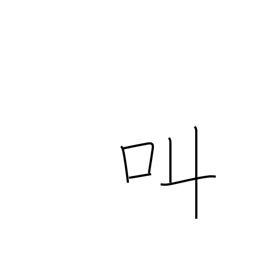
Meaning: shout